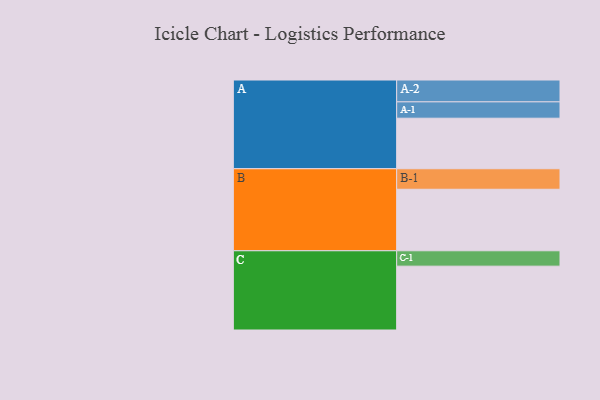
{"axis": {"x": "Segment", "y": "Value"}, "legend": ["", "A", "B", "C"], "data": [{"x": "A", "y": 414, "type": ""}, {"x": "B", "y": 504, "type": ""}, {"x": "C", "y": 523, "type": ""}, {"x": "A-1", "y": 134, "type": "A"}, {"x": "A-2", "y": 179, "type": "A"}, {"x": "B-1", "y": 168, "type": "B"}, {"x": "C-1", "y": 126, "type": "C"}]}